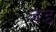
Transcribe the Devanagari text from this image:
ज़ड